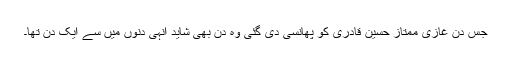
جس دن غازی ممتاز حسین قادری کو پھانسی دی گئی وہ دن بھی شاید انہی دنوں میں سے ایک دن تھا۔